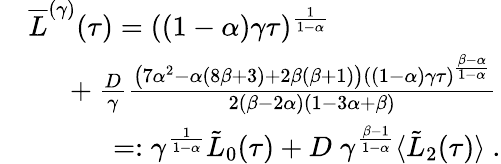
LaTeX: \begin{array}{rl}&{\overline{{L}}^{(\gamma)}(\tau)=((1-\alpha)\gamma\tau)^{\frac{1}{1-\alpha}}}\\ &{\quad\ +\frac{D}{\gamma}\frac{\left(7\alpha^{2}-\alpha(8\beta+3)+2\beta(\beta+1)\right)((1-\alpha)\gamma\tau)^{\frac{\beta-\alpha}{1-\alpha}}}{2(\beta-2\alpha)(1-3\alpha+\beta)}}\\ &{\qquad\quad=:\gamma^{\frac{1}{1-\alpha}}\tilde{L}_{0}(\tau)+D\; \gamma^{\frac{\beta-1}{1-\alpha}}\langle\tilde{L}_{2}(\tau)\rangle\ .}\end{array}